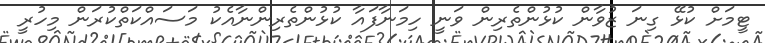
ޓީމަށް ކުޅޭ ގިނަ ޒުވާން ކުޅުންތެރިން ވަނީ ހިމަނާފައާ ކުޅުންތެރިންނާއެކު މަސައްކަތްކުރަން މިހުރީ